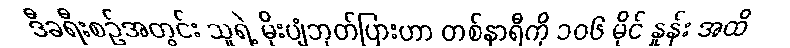
ဒီခရီးစဉ်အတွင်း သူရဲ့ မိုးပျံဘုတ်ပြားဟာ တစ်နာရီကို ၁၀၆ မိုင် နှုန်း အထိ